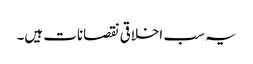
یہ سب اخلاقی نقصانات ہیں۔